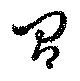
間